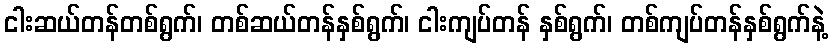
ငါးဆယ်တန်တစ်ရွက်၊ တစ်ဆယ်တန်နှစ်ရွက်၊ ငါးကျပ်တန် နှစ်ရွက်၊ တစ်ကျပ်တန်နှစ်ရွက်နဲ့